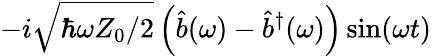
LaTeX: -i\sqrt{\hbar\omega Z_{0}/2}\left(\hat{b}(\omega)-\hat{b}^{\dagger}(\omega)\right)\sin(\omega t)